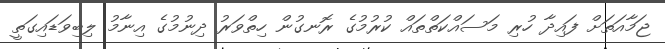
ޖަމާއަތަށް ފައިދާ ހުރި މަސައްްކަތްތައް ކުރުމުގެ ރޮނގުން ހިތްވަރު ދިނުމުގެ އިނާމު ލިބިވަޑައިގަތީ